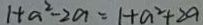
1 + a ^ { 2 } - 2 a = 1 + a ^ { 2 } + 2 a